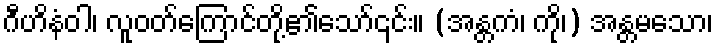
ဂီဟိနံဝါ၊ လူဝတ်ကြောင်တို့၏သော်၎င်း။ (အန္တကံ၊ ကို၊) အန္တမသော၊